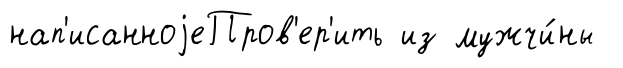
нап'исанноjеПров'ер'ить из мужчи́ны